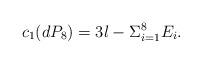
LaTeX: \begin{align*}c_{1}(dP_{8})=3l-\Sigma_{i=1}^{8}E_{i}.\end{align*}